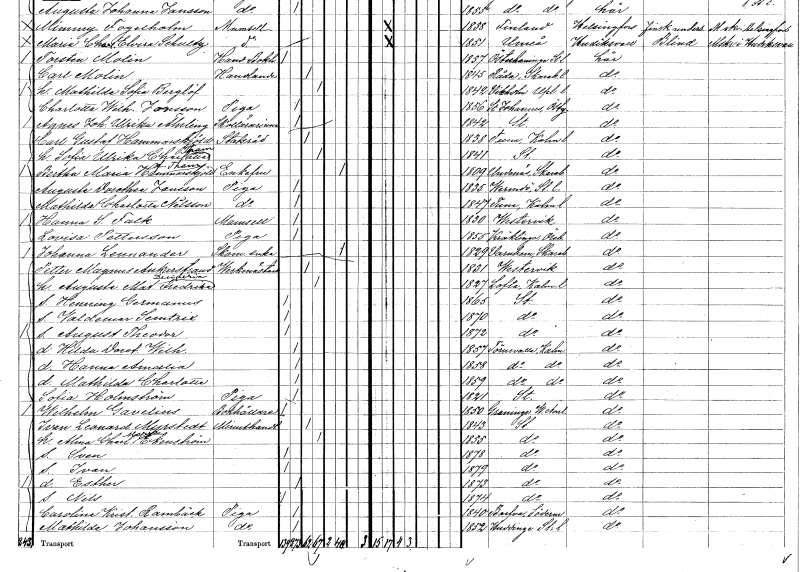
gt_parse: households: individuals: FN: Mathilda Charlotta
EN: Nilsson
YRKE: Piga
KON: K
CIV: O
FODAR: 1847
FODFORS: Tuna Kalmar län
FN: Hanna S.
EN: Falk
KON: K
CIV: O
FODAR: 1830
FODFORS: Västervik Kalmar län
FN: Lovisa
EN: Pettersson
YRKE: Piga
KON: K
CIV: O
FODAR: 1855
FODFORS: Kräcklinge Örebro län
FN: Johanna
EN: Lennander
YRKE: Skomakareänka
KON: K
CIV: E
FODAR: 1829
FODFORS: Varnhem Skaraborgs län
FN: Petter Magnus
EN: Ankarstrand
YRKE: Verkmästare
KON: M
CIV: G
FODAR: 1831
FODFORS: Västervik Kalmar län
FN: Augusta Mathilda Desideria Fredrika
KON: K
CIV: G
FODAR: 1827
FODFORS: Lofta Kalmar län
FN: Henning Germanus
KON: M
CIV: O
FODAR: 1865
FODFORS: Stockholm
FN: Valdemar Semtrix
KON: M
CIV: O
FODAR: 1870
FODFORS: Stockholm
FN: August Theodor
KON: M
CIV: O
FODAR: 1872
FODFORS: Stockholm
FN: Hilda Dorotea Wilhelmina
KON: K
CIV: O
FODAR: 1857
FODFORS: Törnevalla Östergötlands län
FN: Hanna Amalia
KON: K
CIV: O
FODAR: 1858
FODFORS: Törnevalla Östergötlands län
FN: Mathilda Charlotta
KON: K
CIV: O
FODAR: 1859
FODFORS: Törnevalla Östergötlands län
FN: Sofia
EN: Holmström
YRKE: Piga
KON: K
CIV: O
FODAR: 1821
FODFORS: Stockholm
FN: Wilhelm
EN: Gavelius
YRKE: Bokhållare
KON: M
CIV: O
FODAR: 1850
FODFORS: Graninge Västernorrlands län
FN: Ivan Leonard
EN: Myrstedt
YRKE: Minuthandlare
KON: M
CIV: G
FODAR: 1843
FODFORS: Stockholm
FN: Alma Charlotta Maria
EN: Ekenström
KON: K
CIV: G
FODAR: 1855
FODFORS: Stockholm
FN: Sven
KON: M
CIV: O
FODAR: 1878
FODFORS: Stockholm
FN: Ivan
KON: M
CIV: O
FODAR: 1879
FODFORS: Stockholm
FN: Esther
KON: K
CIV: O
FODAR: 1873
FODFORS: Stockholm
FN: Nils
KON: M
CIV: O
FODAR: 1874
FODFORS: Stockholm
FN: Carolina Kristina
EN: Rambäck
YRKE: Piga
KON: K
CIV: O
FODAR: 1840
FODFORS: Barva Södermanlands län
FN: Mathilda
EN: Johansson
YRKE: Piga
KON: K
CIV: O
FODAR: 1852
FODFORS: Huddinge Stockholms län